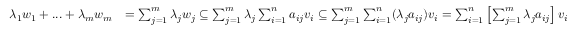
\begin{array} { r l } { \lambda _ { 1 } w _ { 1 } + . . . + \lambda _ { m } w _ { m } } & { = \sum _ { j = 1 } ^ { m } \lambda _ { j } w _ { j } \subseteq \sum _ { j = 1 } ^ { m } \lambda _ { j } \sum _ { i = 1 } ^ { n } a _ { i j } v _ { i } \subseteq \sum _ { j = 1 } ^ { m } \sum _ { i = 1 } ^ { n } ( \lambda _ { j } a _ { i j } ) v _ { i } = \sum _ { i = 1 } ^ { n } \left[ \sum _ { j = 1 } ^ { m } \lambda _ { j } a _ { i j } \right] v _ { i } } \end{array}